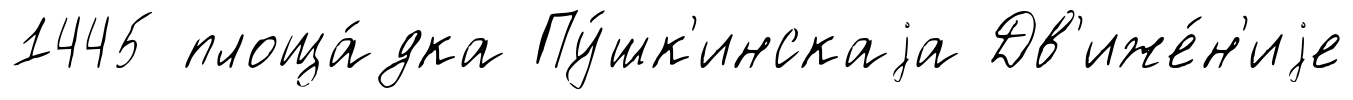
1445 площа́дка Пу́шк'инскаjа Дв'иже́н'иjе